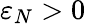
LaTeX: \varepsilon_{N}>0